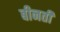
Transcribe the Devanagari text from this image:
बीनती